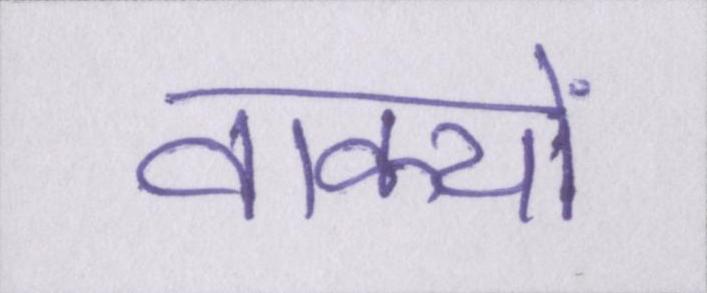
वाक्यों